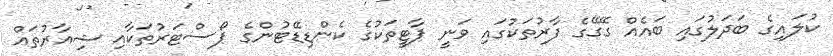
ކުލައިގެ ބަދަލުގައި ބައެއް ގޭގޭގެ ފާރުތަކުގައި ވަނީ ޕާޓީތަކުގެ ކެންޑިޑޭޓުންގެ ޕޯސްޓަރުތަކާއި ޝިއާރުތައް